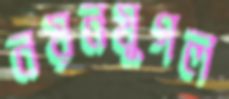
নয়নযুগল